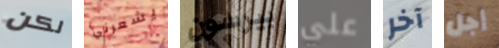
لكن يشعرني بيرسون علي آخر أجل